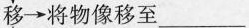
移\rightarrow将物像移至 ___